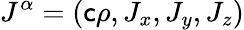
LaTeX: J^{\alpha}=\left(\mathsf{c}\rho,J_{x},J_{y},J_{z}\right)